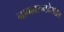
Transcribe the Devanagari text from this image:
नावावरुनदेखील